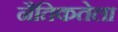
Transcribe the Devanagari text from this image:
नैतिकतेला